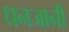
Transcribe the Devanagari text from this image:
धनजानी